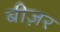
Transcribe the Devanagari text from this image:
बीज़र